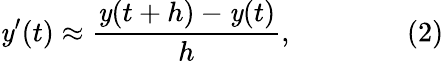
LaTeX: \mathit{y}^{\prime}(t)\approx{\frac{{\mathit{y}(t+h)-\mathit{y}(t)}}{{h}}},\qquad\qquad(2)